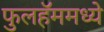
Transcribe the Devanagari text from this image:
फुलहॅममध्ये